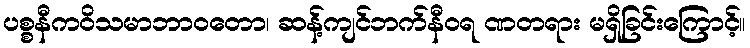
ပစ္စနီကဝိသမာဘာဝတော၊ ဆန့်ကျင်ဘက်နီဝရ ဏတရား မရှိခြင်းကြောင့်။